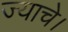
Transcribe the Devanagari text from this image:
ज्याचे।